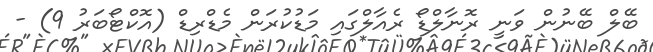
ބޭލް ބޭނުން ވަނީ ރޮނާލްޑޯ ރެއާލްގައި މަޑުކުރަން މެޑްރިޑް (އޮކްޓޯބަރު 9) -